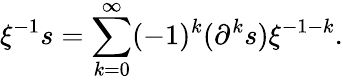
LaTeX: \xi^{-1}s=\sum_{k=0}^{\infty}(-1)^{k}(\partial^{k}s)\xi^{-1-k}.